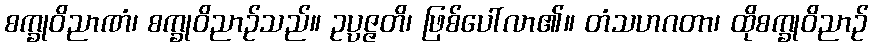
စက္ခုဝိညာဏံ၊ စက္ခုဝိညာဉ်သည်။ ဥပ္ပဇ္ဇတိ၊ ဖြစ်ပေါ်လာ၏။ တံသဟဂတာ၊ ထိုစက္ခုဝိညာဉ်